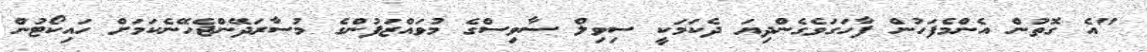
"އެ ގޮތުން އެންމެފަހުން ފާހަގަވެގެންދިޔަ ދެކަމަކީ ސިވިލް ސާވިސްގެ މުވައްޒަފުންގެ މުސާރަދޭންޖެހޭނެކަމަށް ހައިކޯޓުން